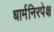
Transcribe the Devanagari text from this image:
धार्मनिरपेक्ष